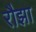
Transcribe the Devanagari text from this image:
रौझा